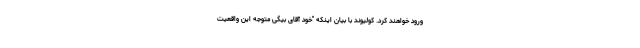
ورود خواهند کرد. کولیوند با بیان اینکه "خود آقای بیگی متوجه این واقعیت